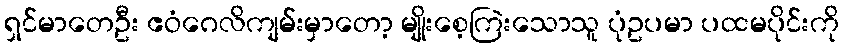
ရှင်မာတေဦး ဧဝံဂေလိကျမ်းမှာတော့ မျိုးစေ့ကြဲးသောသူ ပုံဥပမာ ပထမပိုင်းကို